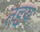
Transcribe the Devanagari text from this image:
तद्दय